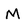
Character: M